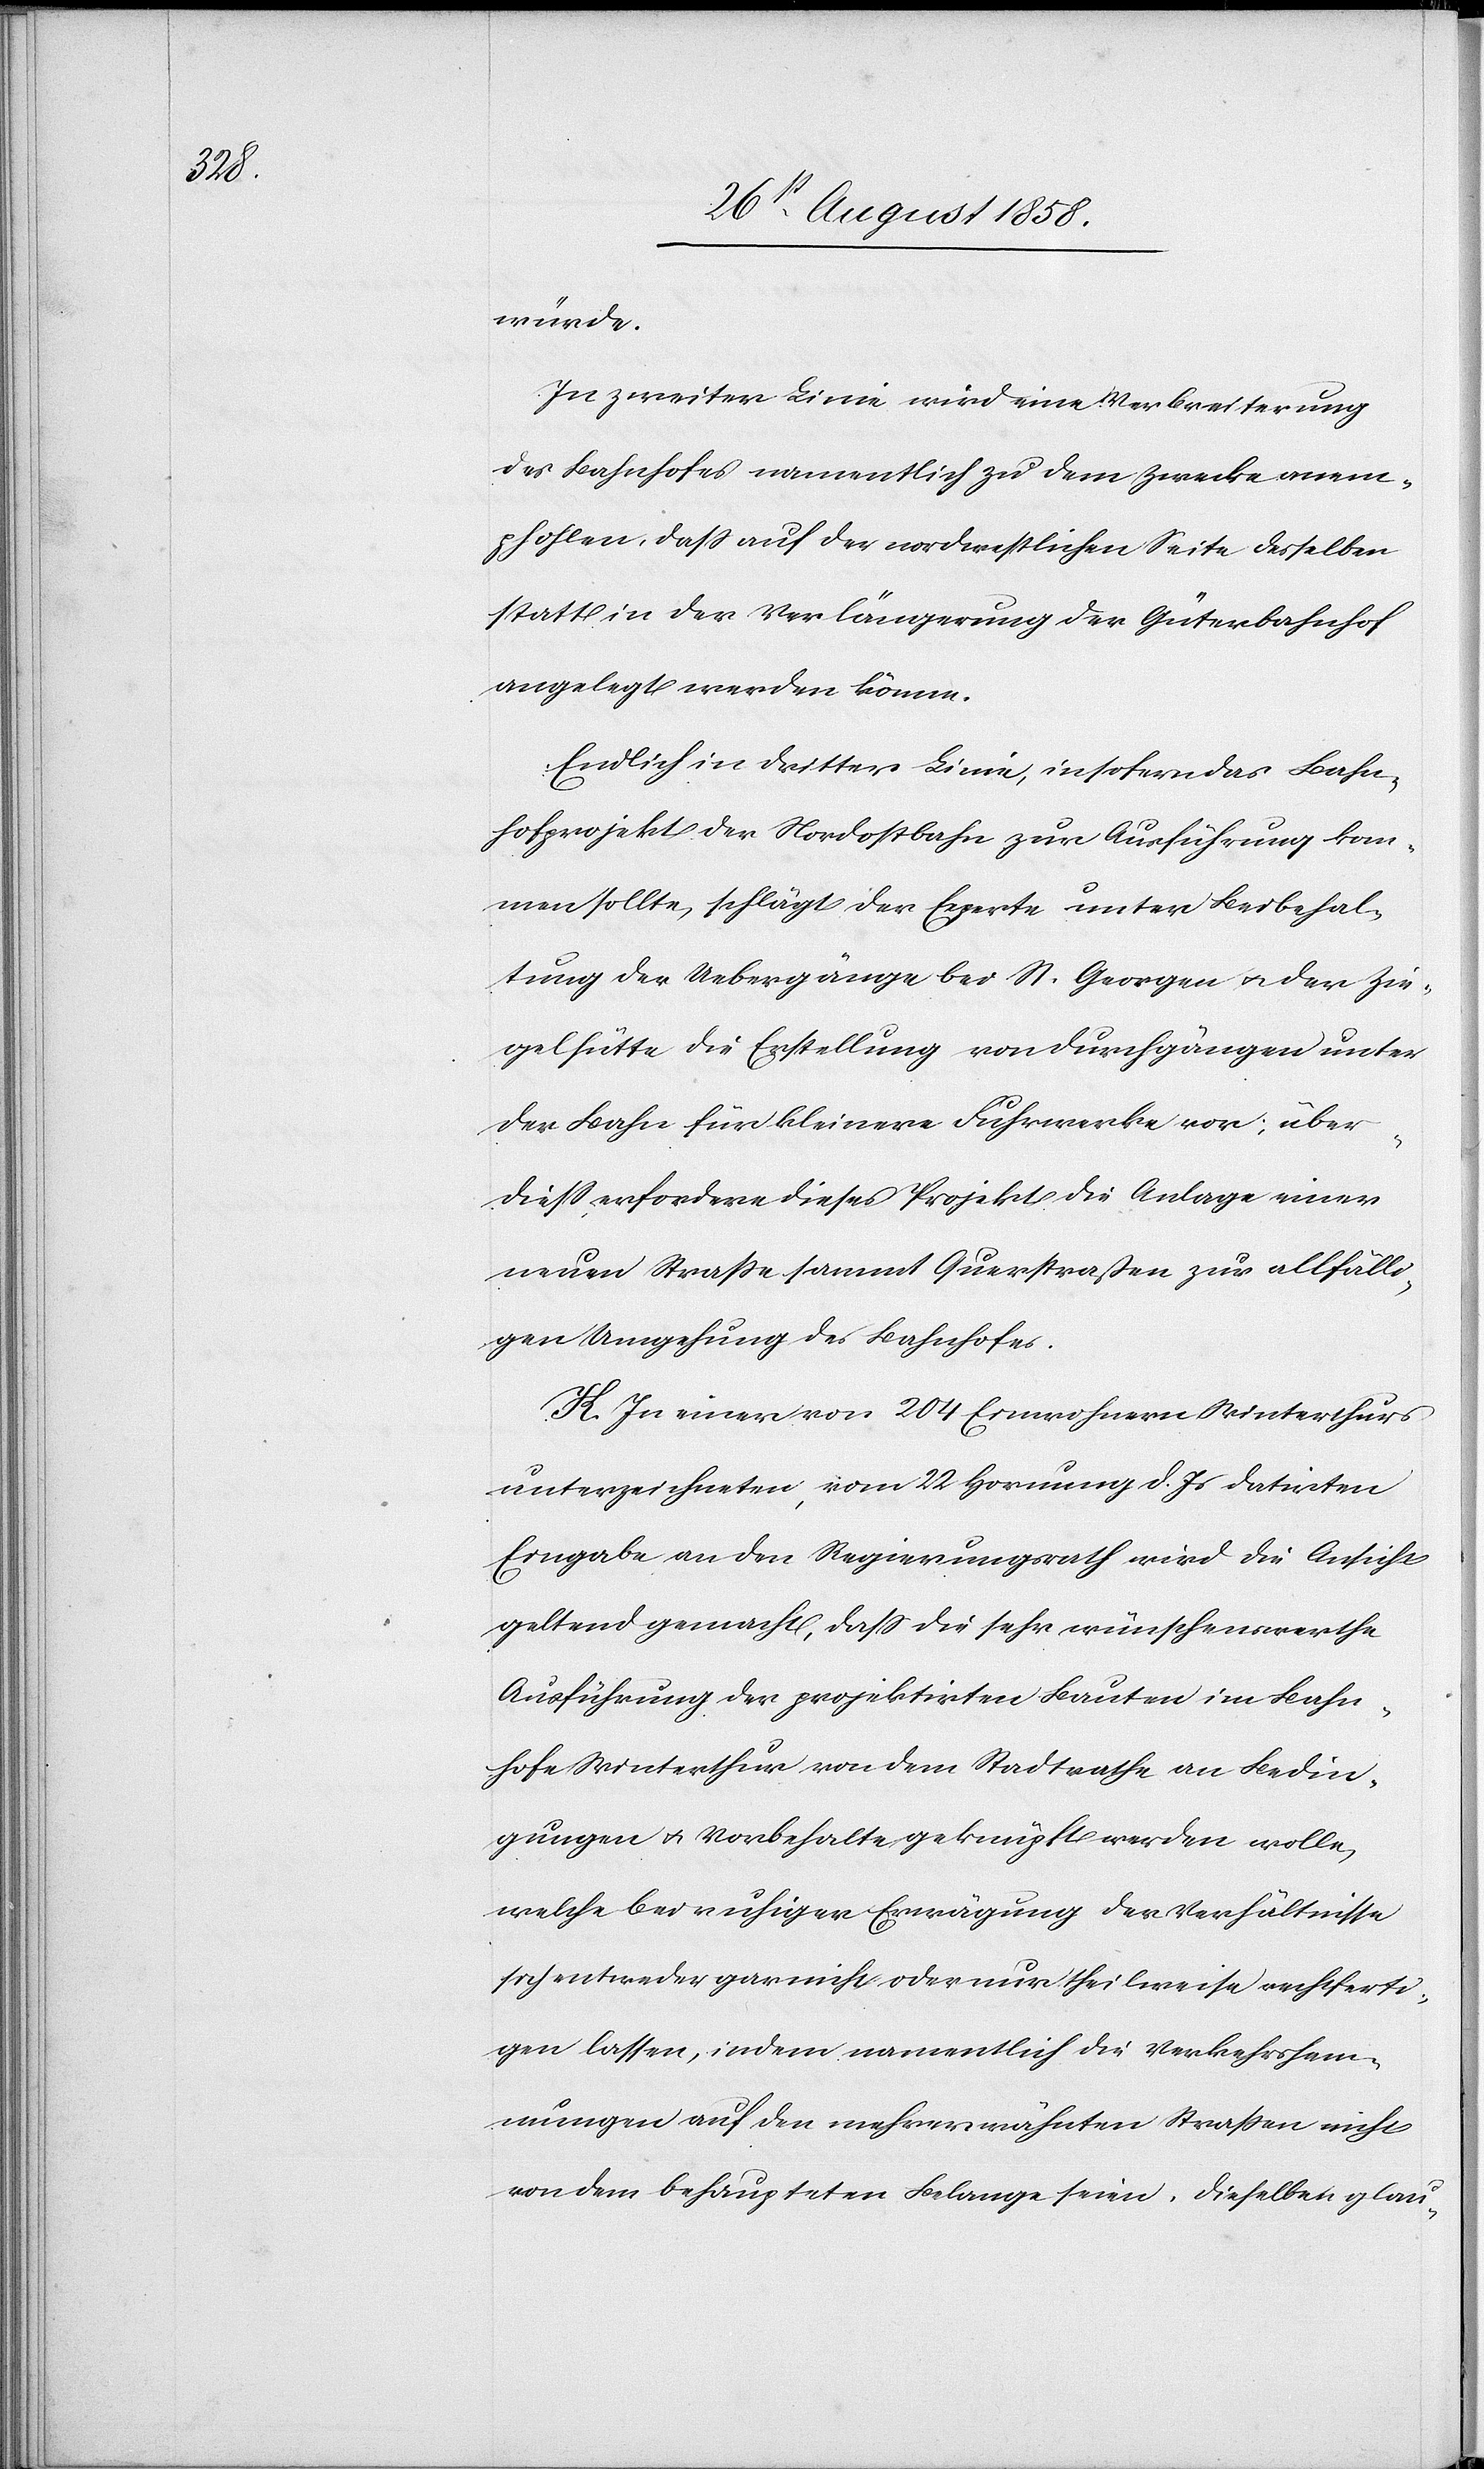
würde.
In zweiter Linie wird eine Verbreiterung
des Bahnhofes namentlich zu dem Zwecke anem¬
pfohlen, dass auf der nordwestlichen Seite desselben
statt in der Verlängerung der Güterbahnhof
angelegt werden könne.
Endlich in dritter Linie, insofern das Bahn¬
hofprojekt der Nordostbahn zur Ausführung kom¬
men sollte, schlägt der Experte unter Beibehal¬
tung der Uebergänge bei St. Georgen & der Zie¬
gelhütte die Erstellung von Durchgängen unter
der Bahn für kleinere Fuhrwerke vor; über¬
diess erfordere dieses Projekt die Anlage einer
neuen Strasse sammt Querstraßen zur allfälli¬
gen Umgehung des Bahnhofes.
K. In einer von 204 Einwohnern Winterthurs
unterzeichneten, vom 22 Hornung d. Js datirten
Eingabe an den Regierungsrath wird die Ansicht
geltend gemacht, dass die sehr wünschenswerthe
Ausführung der projektirten Bauten im Bahn¬
hofe Winterthur von dem Stadtrathe an Bedin¬
gungen & Vorbehalte geknüpft werden wolle,
welche bei ruhiger Erwägung der Verhältnisse
sich entweder gar nicht oder nur theilweise rechtferti¬
gen lassen, indem namentlich die Verkehrshem¬
mungen auf den mehrerwähnten Strassen nicht
von dem behaupteten Belange seien. Dieselben glau-